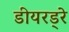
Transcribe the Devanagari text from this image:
डीयरड्रे